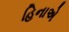
હિનાએ